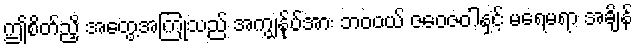
ဤစိတ်ညှိ အတွေ့အကြုံသည် အကျွန်ုပ်အား ဘဝဝယ် ဇဝေဇဝါနှင့် မရေမရာ အချိန်